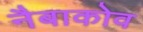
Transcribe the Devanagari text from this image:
नैबाकोव